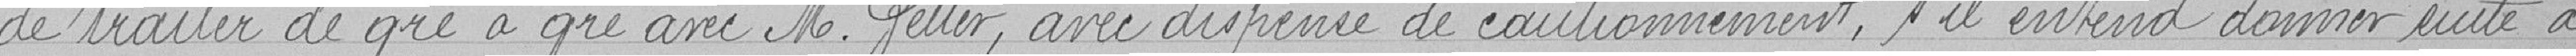
de traiter de gré à gré avec Monsieur Getter, avec dispense de cautionnement, s'il entend donner suite à